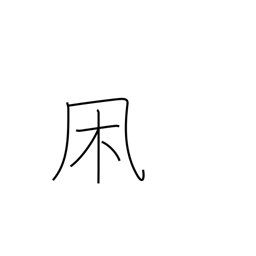
Meaning: wintry wind